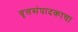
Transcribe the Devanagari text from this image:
वृत्तसंपादकाचा